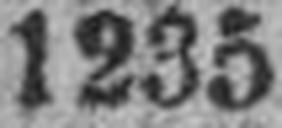
1235